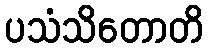
ပသံသိတောတိ